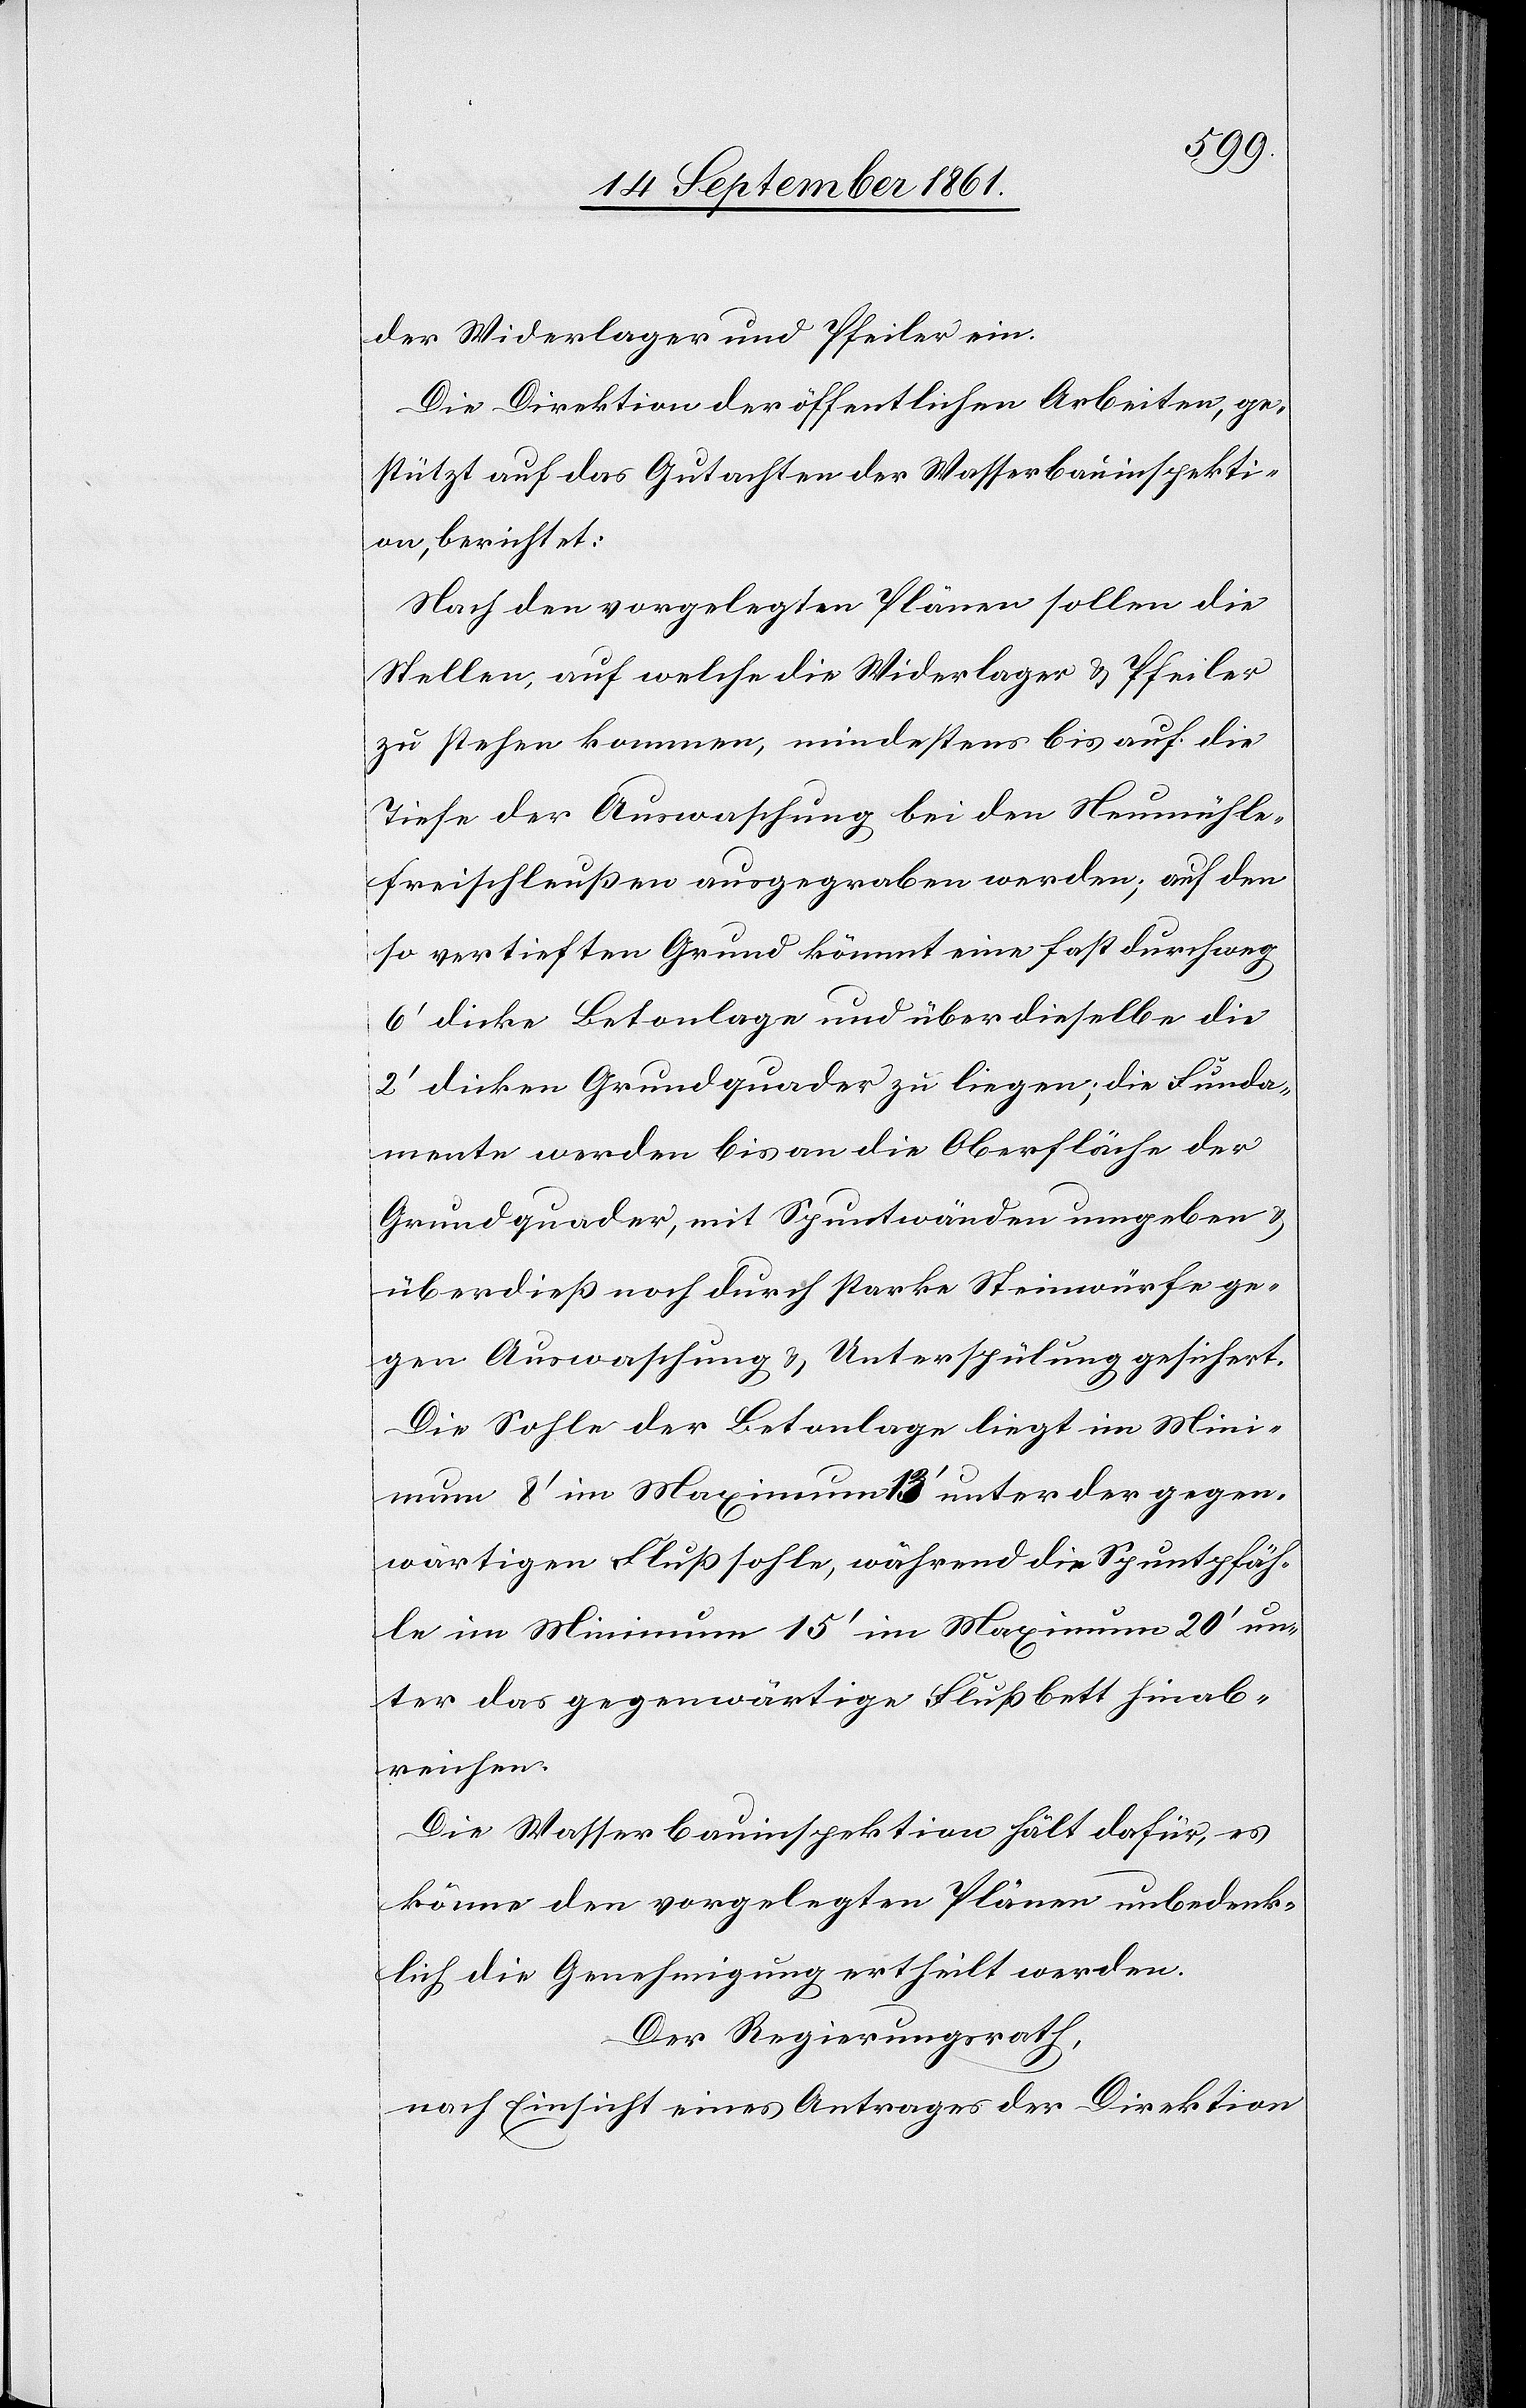
der Widerlager und Pfeiler ein.
Die Direktion der öffentlichen Arbeiten, ge¬
stützt auf das Gutachten der Wasserbauinspekti¬
on, berichtet:
Nach den vorgelegten Plänen sollen die
Stellen, auf welche die Widerlager u. Pfeiler
zu stehen kommen, mindestens bis auf die
Tiefe der Auswaschung bei den Neumühle¬
freischleußen ausgegraben werden; auf den
so vertieften Grund kömmt eine fast durchweg
6’ dicke Betonlage und über dieselbe die
2’ dicken Grundquader zu liegen, die Funda¬
mente werden bis an die Oberfläche der
Grundquader, mit Spuntwänden umgeben u.
überdieß noch durch starke Steinwürfe ge¬
gen Auswaschung u. Unterspülung gesichert.
Die Sohle der Betonlage liegt im Mini¬
mum 8’ im Maximum 13’ unter der gegen¬
wärtigen Flußsohle, während die Spuntpfäh¬
le im Minimum 15’ im Maximum 20’ un¬
ter das gegenwärtige Flußbett hinab¬
reichen.
Die Wasserbauinspektion hält dafür, es
könne den vorgelegten Plänen unbedenk¬
lich die Genehmigung ertheilt werden.
Der Regierungsrath,
nach Einsicht eines Antrages der Direktion